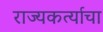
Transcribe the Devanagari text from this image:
राज्यकर्त्याचा